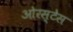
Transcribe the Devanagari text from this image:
ओरस्टेस